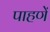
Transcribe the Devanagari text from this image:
पाहणें